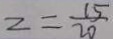
z = \frac { 1 5 } { 2 0 }